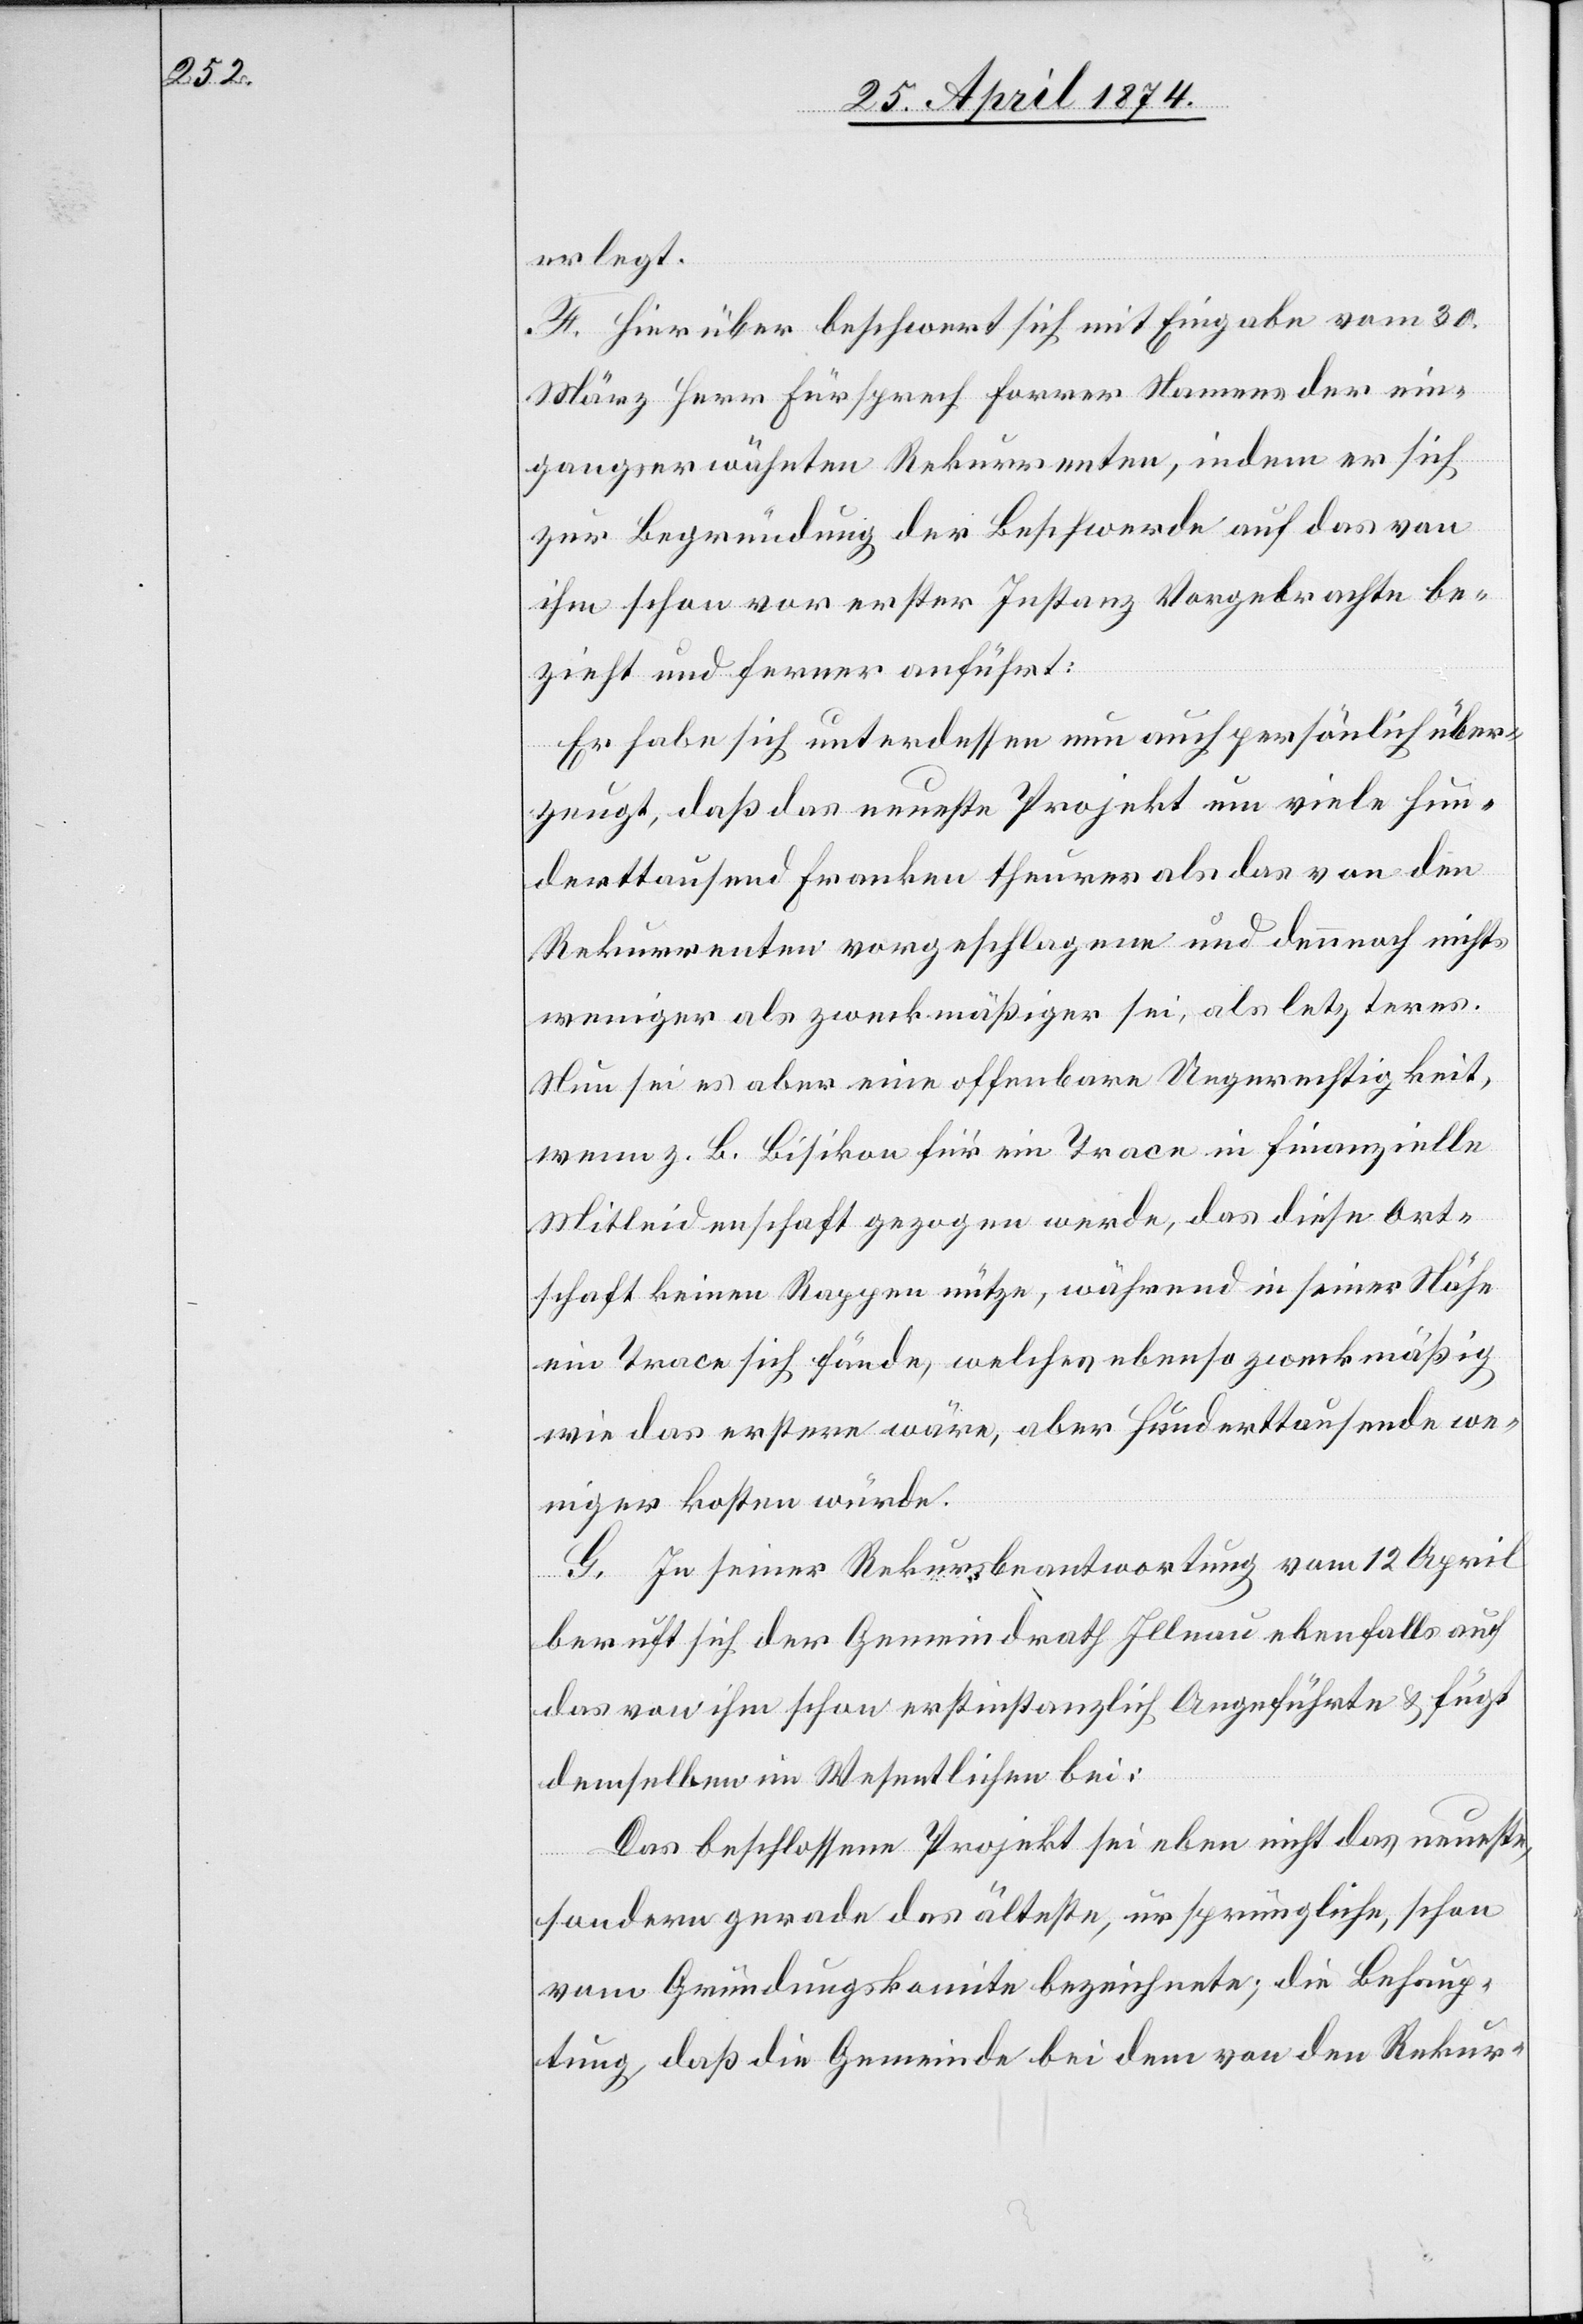
erlegt.
F. Hierüber beschwert sich mit Eingabe vom 30.
März Herr Fürsprech Forrer Namens der ein¬
gangserwähnten Rekurrenten, indem er sich
zur Begründung der Beschwerde auf das von
ihm schon vor erster Instanz Vorgebrachte be¬
zieht und ferner anführt:
Er habe sich unterdessen nun auch persönlich über¬
zeugt, daß das neueste Projekt um viele hun¬
derttausend Franken theurer als das von den
Rekurrenten vorgeschlagenen und dennoch nicht
weniger als zweckmäßiger sei, als letzterer.
Neu sei es aber eine offenbare Ungerechtigkeit,
wenn z. B. Bisikon für ein Trace in finanzielle
Mitleidenschaft gezogen werde, das diese Ort¬
schaft keinen Rappen nutze, während in seiner Nähe
ein Trace sich fände, welches ebenso zweckmäßig
wie das erstere wäre, aber hunderttausende we¬
niger kosten würde.
G. In seiner Rekursbeantwortung vom 12. April
beruft sich der Gemeindrath Illnau ebenfalls auf
das von ihm schon erstinstanzlich Angeführte u. fügt
demselben im Wesentlichen bei:
Das beschlossene Projekt sei eben nicht das neueste,
sondern gerade das älteste, ursprüngliche, schon
vom Gründungskomite bezeichnete; die Behaup¬
tung, daß die Gemeinde bei dem von den Rekur-